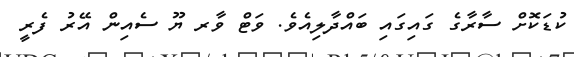
ކުޑަކޮށް ސާރާގެ ގައިގައި ބައްދާލިއެވެ. ވަޓް ވާރ ޔޫ ސެއިން އޭރު ފެރީ